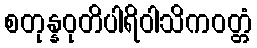
စတုန္နဝုတိပါရိဝါသိကဝတ္တံ